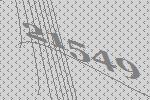
21549